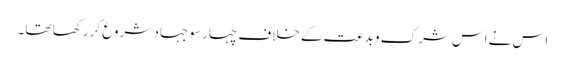
اس نے اس شرک و بدعت کے خلاف چہار سو جہاد شروع کر رکھا تھا۔